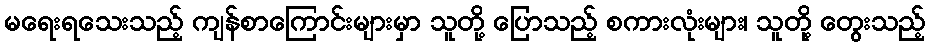
မရေးရသေးသည့် ကျန်စာကြောင်းများမှာ သူတို့ ပြောသည့် စကားလုံးများ၊ သူတို့ တွေးသည့်